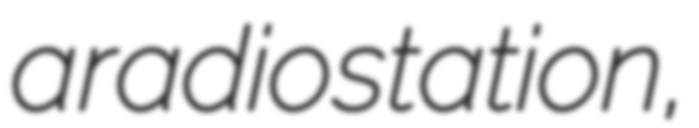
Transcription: a radio station,